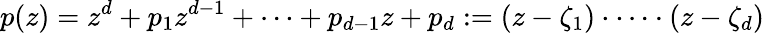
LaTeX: p(z)=z^{d}+p_{1}z^{d-1}+\cdots+p_{d-1}z+p_{d}:=(z-\zeta_{1})\cdot\cdots\cdot(z-\zeta_{d})